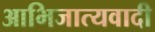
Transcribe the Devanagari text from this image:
आभिजात्यवादी